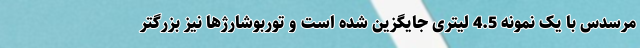
مرسدس با یک نمونه 4.5 لیتری جایگزین شده است و توربوشارژها نیز بزرگتر